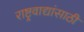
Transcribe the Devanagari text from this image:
राष्ट्रवाद्यांसाठी